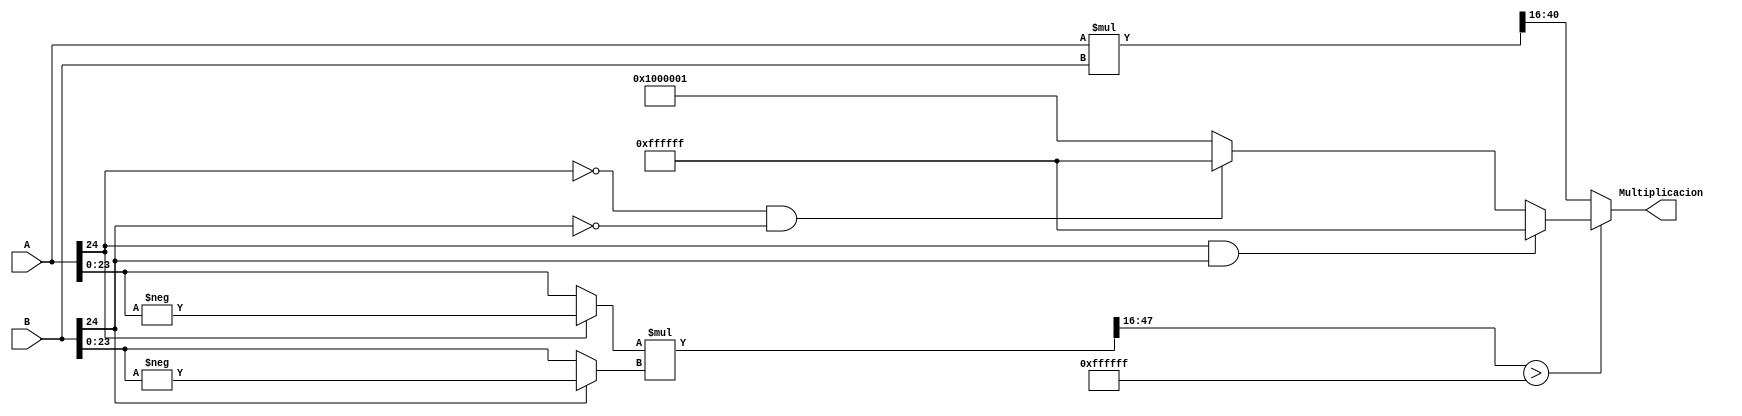
`timescale 1ns / 1ps
//////////////////////////////////////////////////////////////////////////////////
// Company: 
// Engineer: 
// 
// Design Name: 
// Module Name:    Multiplicacion 
// Project Name: 
// Target Devices: 
// Tool versions: 
// Description: 
//
// Dependencies: 
//
// Revision: 
// Revision 0.01 - File Created
// Additional Comments: 
//
//////////////////////////////////////////////////////////////////////////////////
	module Multiplicacion
#(parameter Decimal = 16, S=1 ,Magnitud = 8, N = (Decimal + Magnitud + 1)) // se establecen los parametros del modulo 
(
	input wire [N-1:0]A,B,
	output reg [N-1:0]Multiplicacion
    );

reg [N-1:0]Aaux, Baux; // se definen las variables que me avna ayudar a calcular el complemento
reg [2*N-1:0]MultiAux, Multi; // estos son los valores opara poder realizar las operaciones
reg [N-1:0] maximo,minimo; // se establecen maximo y minimo valores de saturacion
reg [N:0] M,m; // se utiliza para corregirt un warning de truncado 

always @*
	begin
	M = (2**(N-1)-1); // se utiliza para quitar el warning de truncaiento 
	m = (2**(N-1)+1); // se utilia para quitar el warning de truncamiento
	maximo = M[N-1:0] ; // se determina el valor maximo que se puede represenatr con esta cantidad de bits 
	minimo = m[N-1:0]; // se determina el valor maximo que se puede represenatr con esta cantidad de bits
	end
	
always @* // si se da que a es negativo se le calcula el complemento a 2
   begin 
     Multi = A*B; // se realiza la multiplicacion 
	if (A[N-1] == 1) // se pregunta por si a es negativo
		Aaux = -A; // se le aplica el complemento a 2 
	else
		Aaux = A; // si es positivo se deja cm esta 
   end 
always @*  // si se da que b es negativo se le calcula el complemento a 2
	if (B[N-1] == 1) // se pregunta por si b es negativo
		Baux = -B; // se le aplica el complemento a 2
	else
		Baux = B; // si es positivo se deja cm esta 
		

	
always @* // se empieza a seleccionar los casos de la multiplicacion 
    begin 
      MultiAux = Aaux[N-2:0]*Baux[N-2:0]; // se realizan los casos de la multplicacion si tuviera que hacer se el compmlemtno a 2 o dependiendo de las condiciones 
		if  (MultiAux[2*Magnitud+2*Decimal-1:Decimal]> maximo) // si se diera el caso que las magnitudes dan mayor al valor maximo se tiene que saturar las salidas
		     begin 
			  if ((A[N-1] == 1) && (B[N-1] == 1)) // si se multiplican 2 negativos tira a maximo
			  Multiplicacion = maximo; 
			  else if ((A[N-1] == 0) && (B[N-1] == 0)) // si son dos positivos dan al maximo 
			  Multiplicacion = maximo; 
			  else 
			  Multiplicacion = minimo; // si uno de los dos es negativo y se paso del maximo saturo al negativo 
           end 
	   else  
		Multiplicacion = Multi[2*N-1-S-Magnitud:Decimal]; // si no se tiene que saturar se tira el valor de la multiplicion normal 
     end 
endmodule